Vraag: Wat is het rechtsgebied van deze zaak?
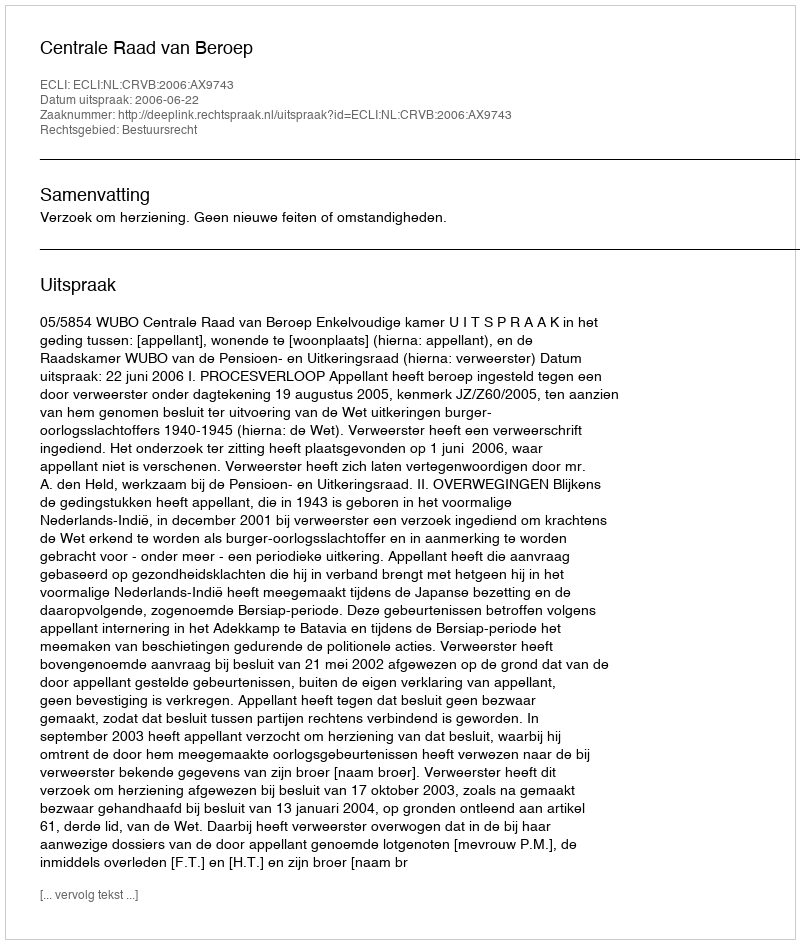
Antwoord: Bestuursrecht